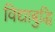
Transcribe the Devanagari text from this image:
विद्याबुद्धि